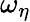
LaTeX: \omega_{\eta}